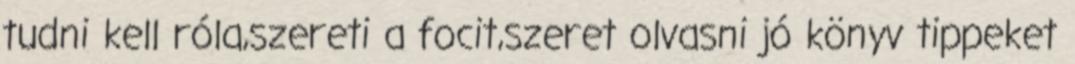
tudni kell róla,szereti a focit,szeret olvasni jó könyv tippeket